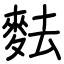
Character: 麮